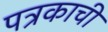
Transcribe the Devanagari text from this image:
पत्रकाची